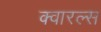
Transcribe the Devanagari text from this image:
क्वारल्स